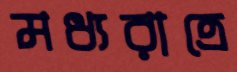
মধ্যরাত্রে